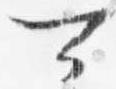
可